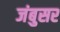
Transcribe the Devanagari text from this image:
जंबुसर